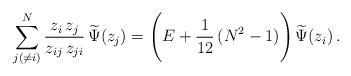
LaTeX: \begin{align*} \sum_{j(\neq i)}^N \frac{z_i \, z_j}{z_{ij} \, z_{ji}} \, \widetilde{\Psi}(z_j) = \Biggl( E + \frac{1}{12}\,(N^2 - 1) \Biggr) \, \widetilde{\Psi}(z_i) \, .\end{align*}